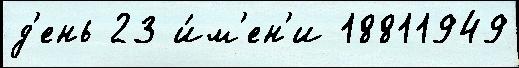
д'ень 23 и́м'ен'и 18811949